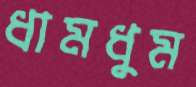
ধামধুম